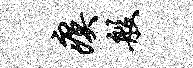
瘼般